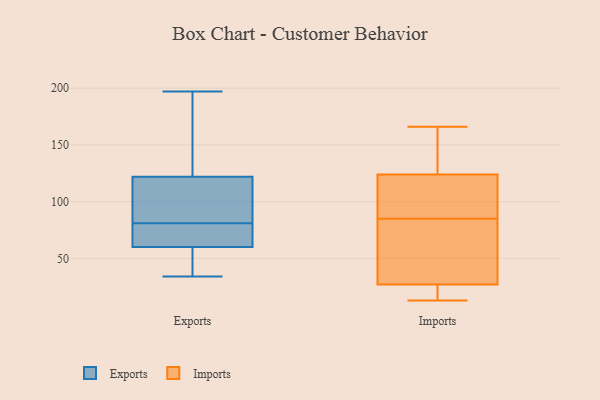
{"axis": {"x": "Conversion Rate (%)", "y": "Value"}, "legend": ["Exports", "Imports"], "data": [{"x": "", "y": 34, "type": "Exports"}, {"x": "", "y": 192, "type": "Exports"}, {"x": "", "y": 54, "type": "Exports"}, {"x": "", "y": 60, "type": "Exports"}, {"x": "", "y": 156, "type": "Exports"}, {"x": "", "y": 85, "type": "Exports"}, {"x": "", "y": 80, "type": "Exports"}, {"x": "", "y": 122, "type": "Exports"}, {"x": "", "y": 197, "type": "Exports"}, {"x": "", "y": 48, "type": "Exports"}, {"x": "", "y": 82, "type": "Exports"}, {"x": "", "y": 68, "type": "Exports"}, {"x": "", "y": 77, "type": "Exports"}, {"x": "", "y": 99, "type": "Exports"}, {"x": "", "y": 154, "type": "Imports"}, {"x": "", "y": 123, "type": "Imports"}, {"x": "", "y": 109, "type": "Imports"}, {"x": "", "y": 105, "type": "Imports"}, {"x": "", "y": 13, "type": "Imports"}, {"x": "", "y": 127, "type": "Imports"}, {"x": "", "y": 27, "type": "Imports"}, {"x": "", "y": 38, "type": "Imports"}, {"x": "", "y": 76, "type": "Imports"}, {"x": "", "y": 27, "type": "Imports"}, {"x": "", "y": 26, "type": "Imports"}, {"x": "", "y": 85, "type": "Imports"}, {"x": "", "y": 166, "type": "Imports"}]}